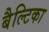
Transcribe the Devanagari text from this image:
बैल्टिका